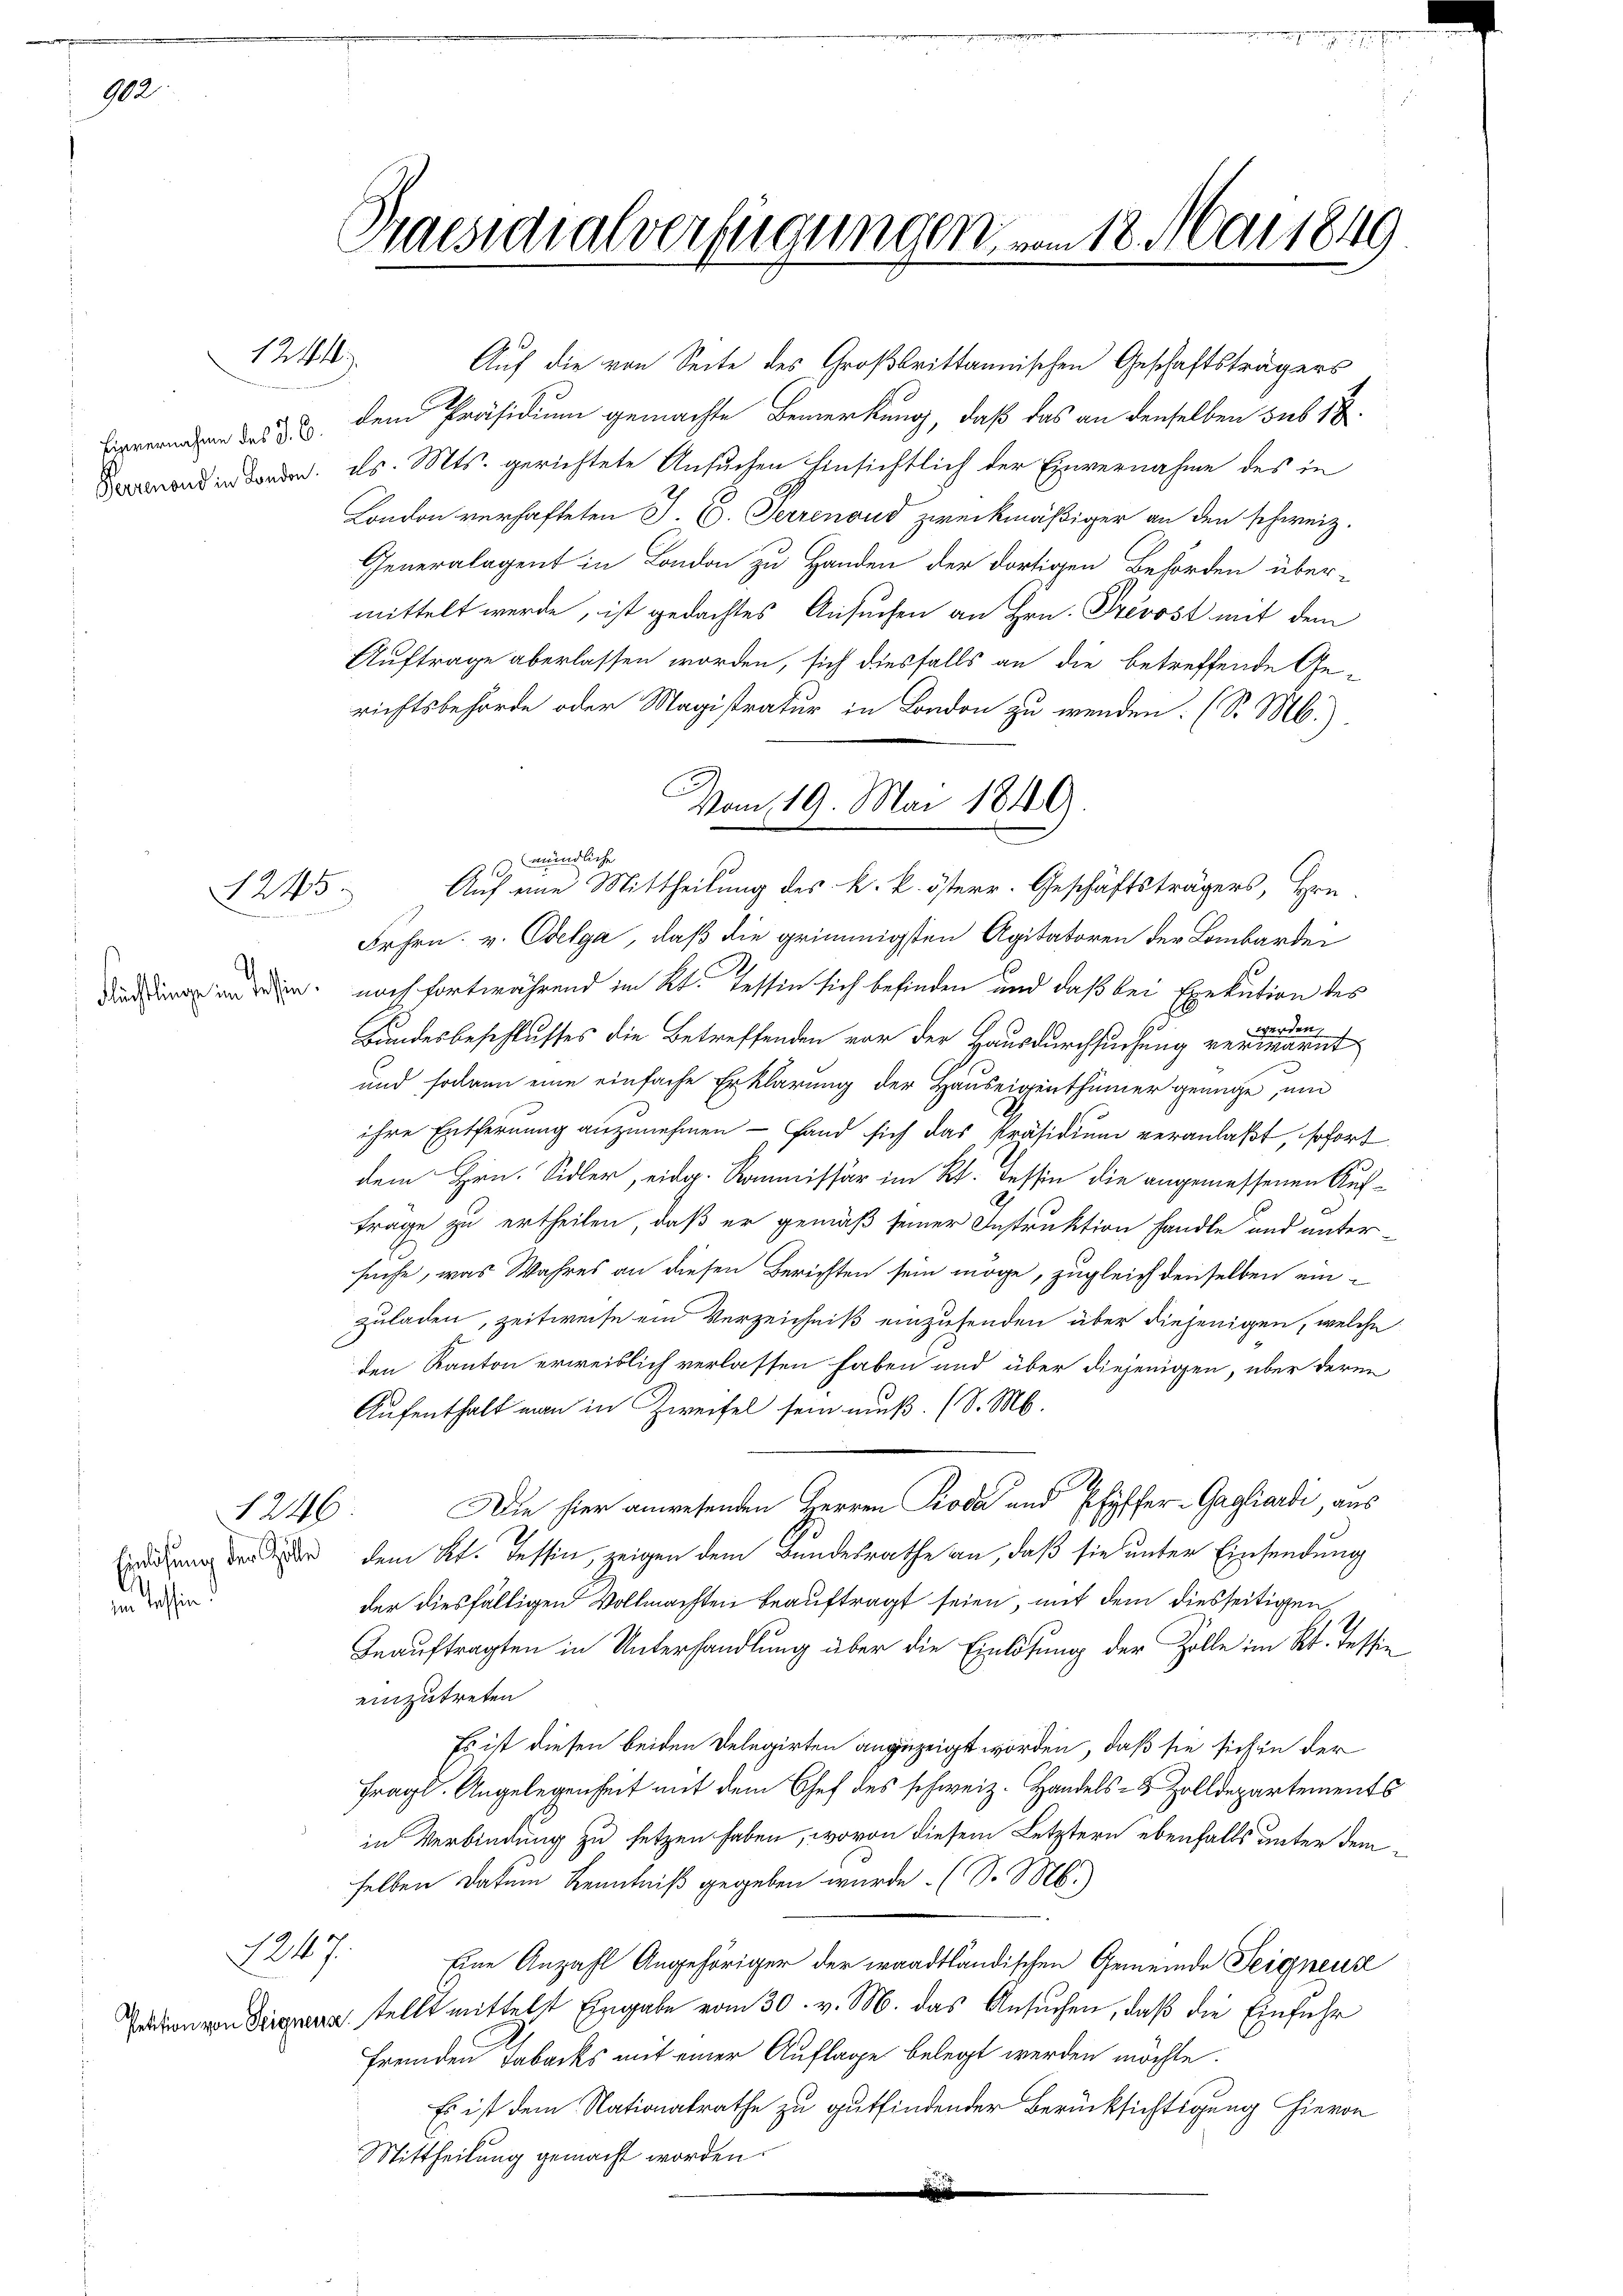
102

Einvernahme des J. C

Einlösung der Zölle
 affend

1241.

1245
An
Flüchtlinge in dessin.

1247

Praesidialverfügungen vom 18. Mai 1849

mittelt werde, ist gedachtes Ansuchen an Hrn. Prevost mit dem
Auftrage aberlassen worden, sich diesfalls an die betreffende Gerichtsbehörde oder Magistratur in London zu wenden. (S. M.).
 mündliche
Frhrn. v. Edelga, daß die grimmigsten Agitatoren der Lombardei
noch fortwährend im Kt. Tessin sich befinden und daß bei Exekution des
Bundesbeschlusses die Betreffenden vor der Hausdurchsuchung verlesent
und sodann eine einfache Erklärung der Hauseigenthümer genüge, um
ihre Entfernung anzunehmen - fand sich das Präsidium veranlaßt, sofort
dem Hrn. Sidler, eidg. Kommissär im Kt. Tessin die angemessenen Auftrage zu ertheilen, daß er gemäß seiner Instruktion handle und unter-
suche, was Wahres an diesen Berichten sein möge, zugleich denselben einzuladen, zeitweise ein Verzeichniß einzusenden über diejenigen, welche
den Kanton erweislich verlassen haben und über diejenigen, über deren
Aufenthalt man in Zweifel sein muß. (S. M.
1246. Die hier anwesenden Herren Pioda und Pfyffer-Gagliardi, aus
dem Kt. Tessin, zeigen dem Bundesrathe an, daß sie unter Einsendung
der diesfälligen Vollmachten beauftragt seien, mit dem diesseitigen
Beauftragten in Unterhandlung über die Einlösung der Zolle im Kt. Tessin
einzutreten
Es ist diesen beiden Delegirten anzuzeigt worden, daß sie sich in der
fragl. Angelegenheit mit dem Chef des schweiz. Handels- & Zolldepartements
in Verbindung zu setzen haben, wovon diesem Letztern ebenfalls unter demselben Datum Kenntniß gegeben wurde. (S. M.)
Eine Anzahl Angehöriger der waadtländischen Gemeinde Teigneur
ation von Biegung stellt mittelst Eingabe vom 30. v. M. das Ansuchen, daß die Einfuhr
fremden Tabacks mit einer Auflage belegt werden möchte.
Es ist dem Nationalrathe zu gutfindender Berücksichtigung hievon
Mittheilung gemacht worden.
.

Auf die von Seite des Großbrittannischen Geschäftsträgers
dem Präsidium gemachte Bemerkung, daß das an denselben sub 1
nden od. s. Mts. gerichtete Ansuchen hinsichtlich der Einvernahme des in
London verhafteten J. C. Herrenoud zweckmäßiger an den schweiz.
Generalagent in London zu Handen der dortigen Behörden über-

Vom 19. Mai 1849.
Auf eine Mittheilung des k. k. österr. Geschäftsträgers, Hrn.